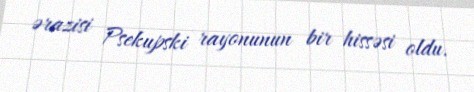
ərazisi Psekupski rayonunun bir hissəsi oldu.